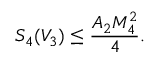
S _ { 4 } ( V _ { 3 } ) \leq \frac { A _ { 2 } M _ { 4 } ^ { 2 } } { 4 } .